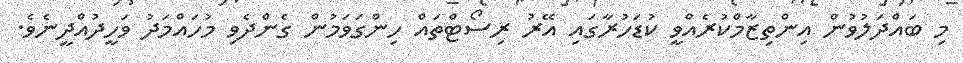
މި ބައްދަލުވުން އިންތިޒާމްކުރެއްވީ ކުޑަހުރާގައި އޭރު ރިސޯޓްތައް ހިންގަވަމުން ގެންދެވި މުހައްމަދު ވަހީދުއްދީނެވެ.